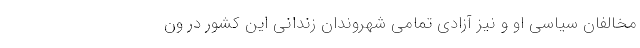
مخالفان سیاسی او و نیز آزادی تمامی شهروندان زندانی این کشور در ون